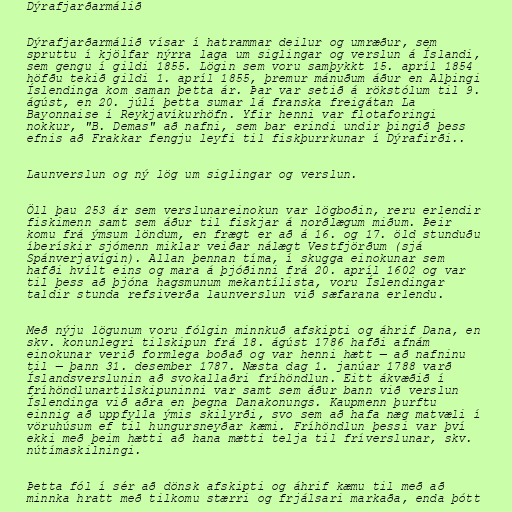
Dýrafjarðarmálið

Dýrafjarðarmálið vísar í hatrammar deilur og umræður, sem
spruttu í kjölfar nýrra laga um siglingar og verslun á Íslandi,
sem gengu í gildi 1855. Lögin sem voru samþykkt 15. apríl 1854
höfðu tekið gildi 1. apríl 1855, þremur mánuðum áður en Alþingi
Íslendinga kom saman þetta ár. Þar var setið á rökstólum til 9.
ágúst, en 20. júlí þetta sumar lá franska freigátan La
Bayonnaise í Reykjavíkurhöfn. Yfir henni var flotaforingi
nokkur, "B. Demas" að nafni, sem bar erindi undir þingið þess
efnis að Frakkar fengju leyfi til fiskþurrkunar í Dýrafirði..

Launverslun og ný lög um siglingar og verslun.

Öll þau 253 ár sem verslunareinokun var lögboðin, reru erlendir
fiskimenn samt sem áður til fiskjar á norðlægum miðum. Þeir
komu frá ýmsum löndum, en frægt er að á 16. og 17. öld stunduðu
íberískir sjómenn miklar veiðar nálægt Vestfjörðum (sjá
Spánverjavígin). Allan þennan tíma, í skugga einokunar sem
hafði hvílt eins og mara á þjóðinni frá 20. apríl 1602 og var
til þess að þjóna hagsmunum mekantílista, voru Íslendingar
taldir stunda refsiverða launverslun við sæfarana erlendu.

Með nýju lögunum voru fólgin minnkuð afskipti og áhrif Dana, en
skv. konunlegri tilskipun frá 18. ágúst 1786 hafði afnám
einokunar verið formlega boðað og var henni hætt — að nafninu
til — þann 31. desember 1787. Næsta dag 1. janúar 1788 varð
Íslandsverslunin að svokallaðri fríhöndlun. Eitt ákvæðið í
fríhöndlunartilskipuninni var samt sem áður bann við verslun
Íslendinga við aðra en þegna Danakonungs. Kaupmenn þurftu
einnig að uppfylla ýmis skilyrði, svo sem að hafa næg matvæli í
vöruhúsum ef til hungursneyðar kæmi. Fríhöndlun þessi var því
ekki með þeim hætti að hana mætti telja til fríverslunar, skv.
nútímaskilningi.

Þetta fól í sér að dönsk afskipti og áhrif kæmu til með að
minnka hratt með tilkomu stærri og frjálsari markaða, enda þótt